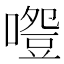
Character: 𠽵